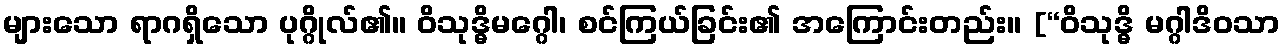
များသော ရာဂရှိသော ပုဂ္ဂိုလ်၏။ ဝိသုဒ္ဓိမဂ္ဂေါ၊ စင်ကြယ်ခြင်း၏ အကြောင်းတည်း။ [“ဝိသုဒ္ဓိ မဂ္ဂါဒိဝသာ